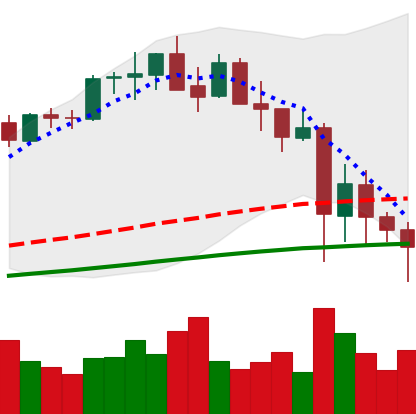
Ticker: ETH-USD
Chart end date: 2021-05-23
Forward return: 14.71%
Label: up_7plus